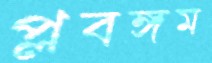
প্লবঙ্গম